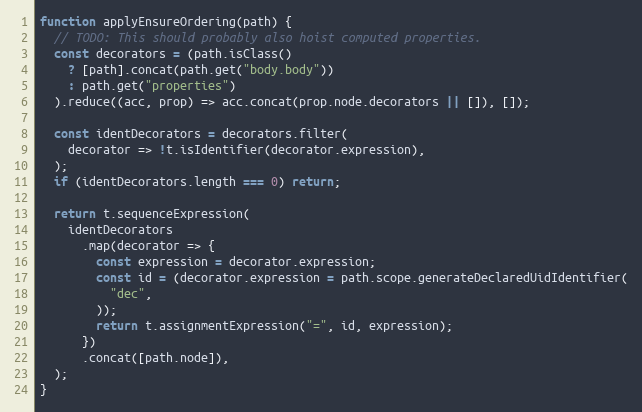
Language: JavaScript
function applyEnsureOrdering(path) {
  // TODO: This should probably also hoist computed properties.
  const decorators = (path.isClass()
    ? [path].concat(path.get("body.body"))
    : path.get("properties")
  ).reduce((acc, prop) => acc.concat(prop.node.decorators || []), []);

  const identDecorators = decorators.filter(
    decorator => !t.isIdentifier(decorator.expression),
  );
  if (identDecorators.length === 0) return;

  return t.sequenceExpression(
    identDecorators
      .map(decorator => {
        const expression = decorator.expression;
        const id = (decorator.expression = path.scope.generateDeclaredUidIdentifier(
          "dec",
        ));
        return t.assignmentExpression("=", id, expression);
      })
      .concat([path.node]),
  );
}